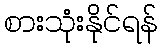
စားသုံးနိုင်ရန်